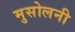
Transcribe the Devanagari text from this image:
मुसोलनी